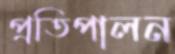
প্রতিপালন